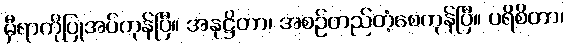
မှီရာကိုပြုအပ်ကုန်ပြီ။ အနုဋ္ဌိတာ၊ အစဉ်တည်တံ့စေကုန်ပြီ။ ပရိစိတာ၊